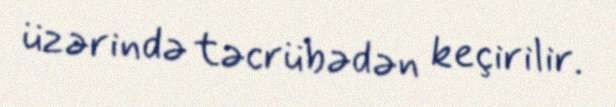
üzərində təcrübədən keçirilir.